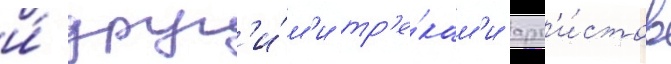
и́ друг'и́м'и тр'е́кам'и арт'и́стов